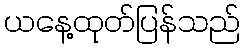
ယနေ့ထုတ်ပြန်သည်